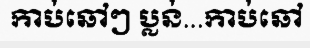
កាប់ឆៅៗ ប្លន់...កាប់ឆៅ